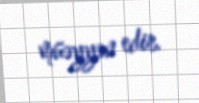
müəyyən edir.